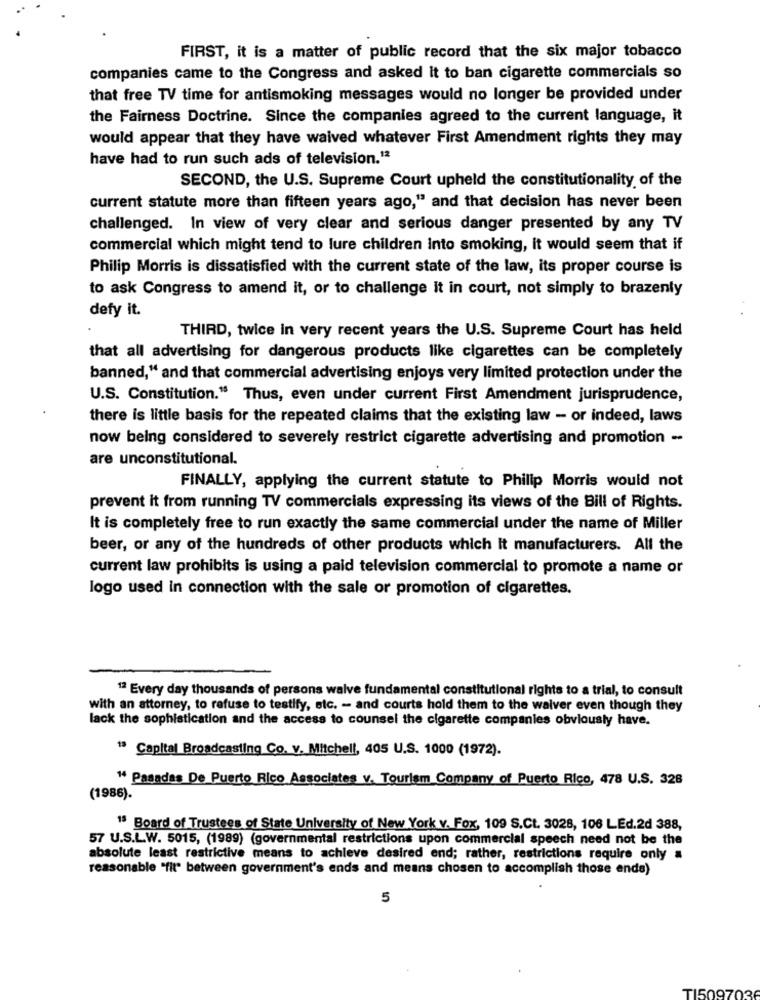
FIRST, it is a matter of public record that the six major tobacco
companies came to the Congress and asked it to ban cigarette commercials so
that free TV time for antismoking messages would no longer be provided under
the Fairness Doctrine. Since the companies agreed to the current language, it
would appear that they have waived whatever First Amendment rights they may
have had to run such ads of television.12
SECOND, the U.S. Supreme Court upheld the constitutionality of the
current statute more than fifteen years ago," and that decision has never been
challenged. In view of very clear and serious danger presented by any TV
commercial which might tend to lure children Into smoking, it would seem that if
Philip Morris is dissatisfied with the current state of the law, its proper course is
to ask Congress to amend it, or to challenge it in court, not simply to brazenty
defy it.
THIRD, twice in very recent years the U.S. Supreme Court has held
that all advertising for dangerous products like cigarettes can be completely
banned," and that commercial advertising enjoys very limited protection under the
U.S. Constitution." Thus, even under current First Amendment jurisprudence,
there is little basis for the repeated claims that the existing law - or indeed, laws
now being considered to severely restrict cigarette advertising and promotion -
are unconstitutional.
FINALLY, applying the current statute to Philip Morris would not
prevent it from running TV commercials expressing its views of the Bill of Rights.
It is completely free to run exactly the same commercial under the name of Miller
beer, or any of the hundreds of other products which It manufacturers. All the
current law prohibits is using a paid television commercial to promote a name or
logo used in connection with the sale or promotion of cigarettes.
12 Every day thousands of persons waive fundamental constitutional rights to a trial, to consult
with an attorney, to refuse to testify, etc. - and courts hold them to the waiver even though they
lack the sophistication and the access to counsel the cigarette companies obviously have.
15 Capital Broadcasting Co. v. Mitchell, 405 U.S. 1000 (1972).
" Pasadas De Puerto Rico Associates v. Tourism Company of Puerto Rico, 478 U.S. 328
(1986).
18 Board of Trustees of State University of New York v. Fox, 109 S.Ct. 3028, 106 LEd.2d 388,
57 U.S.L.W. 5015, (1989) (governmental restrictions upon commercial speech need not be the
absolute least restrictive means to achieve desired end; rather, restrictions require only a
reasonable "fit" between government's ends and means chosen to accomplish those ends)
5
TI509703